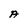
Character: A